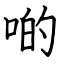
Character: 啲